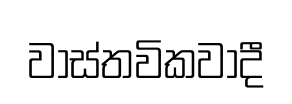
වාස්තවිකවාදී